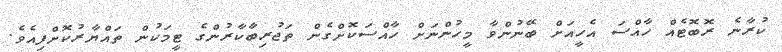
ކުރާނެ ރޮބޮޓެއް ހާއްސަ އެހީއަށް ބޭނުންވާ މީހުންނަށް ހާއްސަކޮށްގެން ތަޖުރިބާކާރުންގެ ޓީމަކުން ތައްޔާރުކޮށްފިއެވެ.